Civil Veterinary Department Bihar reports 1936-40 - 1936-1940
Year: 1936
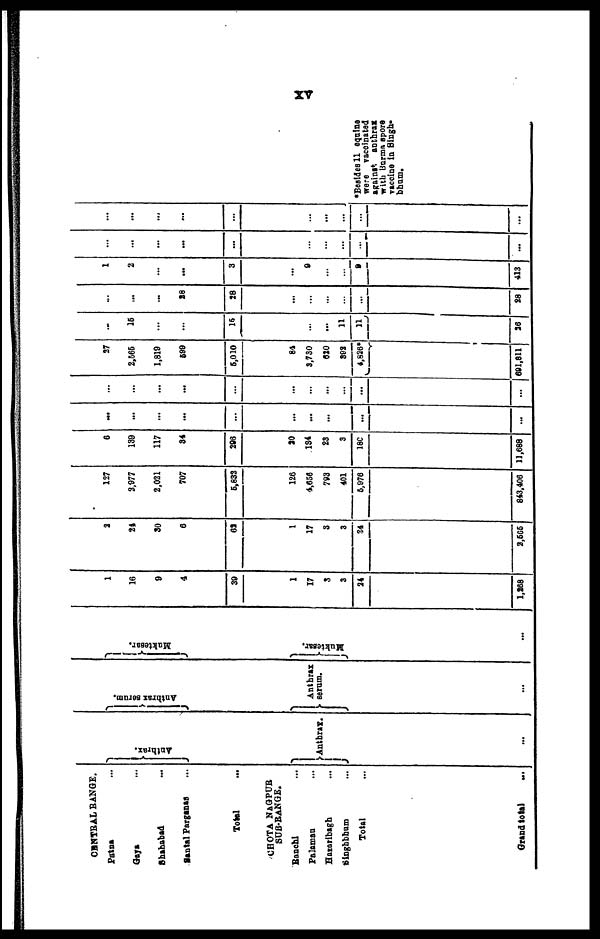
xv
CENTRAL RANGE.
Patna ...
Gaya ...
Shahabad ...
Santal Parganas ...
Total ...
CHOTA NAGPUR
SUB-RANGE.
Ronchi ...
Palaman ...
Hazaribagh ...
Singhbhum ...
Total ...
Grand total
...
Anthrax.
Anthrax.
...
Anthrax serum
Anthrax
serum.
...
Muktesar.
Muktesar.
...
1
16
9
4
39
1
17
3
3
24
1,268
2
24
30
6
62
1
17
3
3
24
2,565
127
3,977
2,021
707
5,832
126
4,656
793
401
65976
843,406
6
139
117
34
296
20
134
23
3
186
11,688
...
...
...
...
...
...
...
...
...
...
—
...
...
...
...
...
...
...
...
...
...
...
...
27
2,565
1,819
599
5,010
84
3,730
620
392
4,826*
391,811
...
15
...
...
15
...
...
...
11
11
26
...
...
...
28
28
...
...
...
...
...
28
1
2
...
...
3
...
9
...
...
9
413
...
...
...
...
...
...
...
...
...
...
...
...
...
...
...
...
...
...
...
...
*Besides 11 equine
were vaccinated
against anthrax
with Burma spore
vaccine in Singh-
bhum.